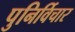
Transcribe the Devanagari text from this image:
पुनिर्विचार